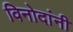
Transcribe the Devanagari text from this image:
विनोदांनी